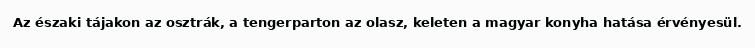
Az északi tájakon az osztrák, a tengerparton az olasz, keleten a magyar konyha hatása érvényesül.